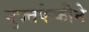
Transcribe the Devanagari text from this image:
मुक्तफेकीने